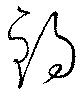
錫